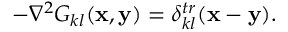
- \nabla ^ { 2 } G _ { k l } ( { \bf x } , { \bf y } ) = \delta _ { k l } ^ { t r } ( { \bf x } - { \bf y } ) .